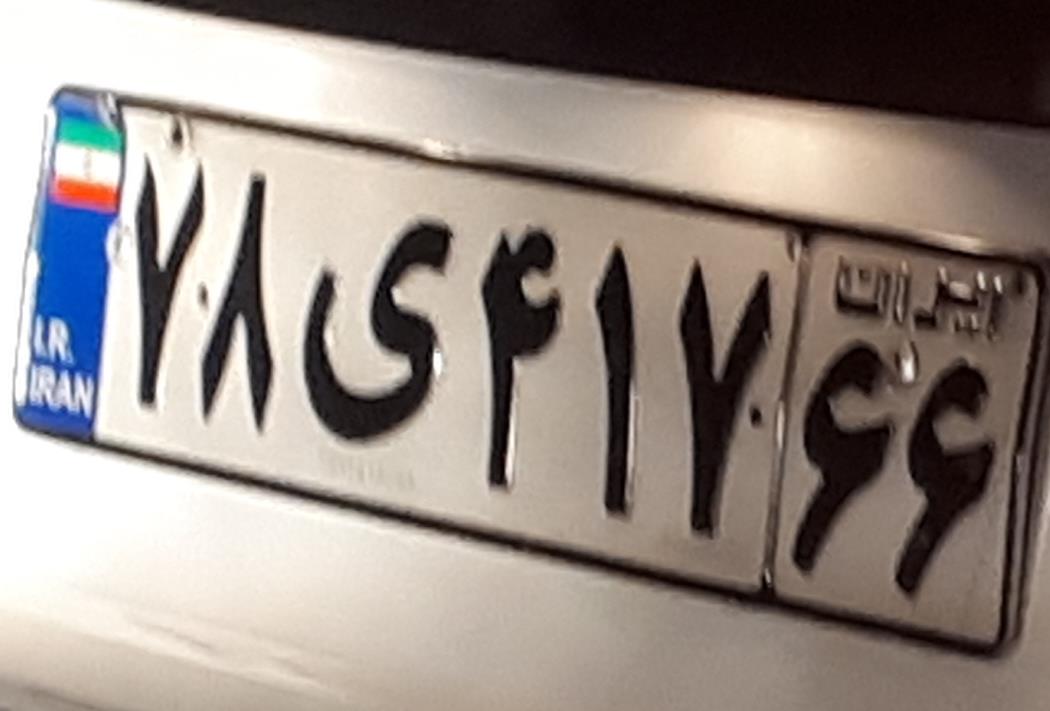
۷۸ی۴۱۷۶۶